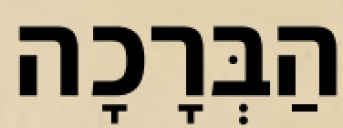
הַבְּרָכָה